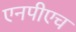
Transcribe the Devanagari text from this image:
एनपीएच